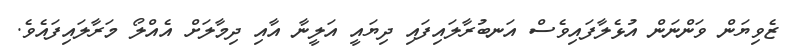
ޒެވިޔަން ވަންނަން އުޅެލާފައިވެސް އަނބުރާލައިފައި ދިޔައީ އަލީނާ އާއި ދިމާލަށް އެއްލޯ މަރާލައިފައެވެ.